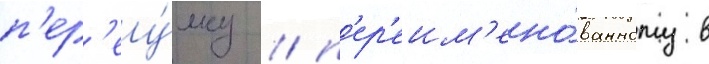
п'ер'еу́лку / п'ер'еим'ено́ванному в